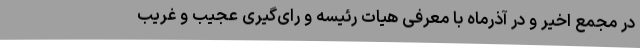
در مجمع اخیر و در آذرماه با معرفی هیات رئیسه و رای‌گیری عجیب و غریب